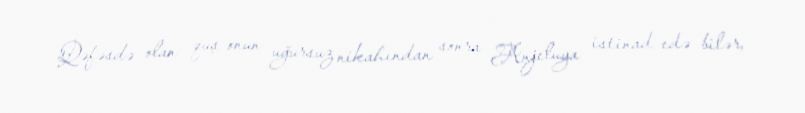
Qəfəsdə olan quş onun uğursuz nikahından sonra Anjeluya istinad edə bilər,